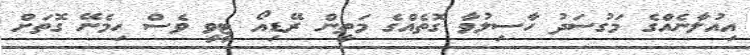
އިއުލާނެއްގެ މަގުސަދު ހާސިލުވާ ގޮތެއްގެ މަތީން ރޭޑިއޯ ޓީވީ ވެސް ހިމެނޭ ގޮތަށް